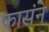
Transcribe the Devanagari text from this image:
फासंने